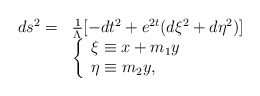
\begin{align*}\begin{array}{ll}ds^{2}=&\frac{1}{\Lambda}[-dt^{2}+e^{2t}(d\xi^{2}+d\eta^{2})] \\* &\left\{ \begin{array}{l} \xi\equiv x+m_{1}y \\ \eta\equiv m_{2}y, \end{array}\right.\end{array}\end{align*}